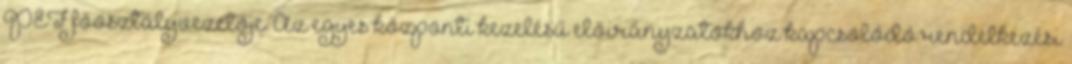
PEF főosztályvezetője. Az egyes központi kezelésű előirányzatokhoz kapcsolódó rendelkezési